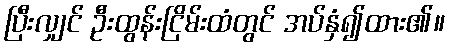
ပြီးလျှင် ဦးထွန်းငြိမ်းထံတွင် အပ်နှံ၍ထား၏။